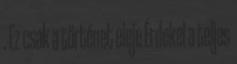
. Ez csak a történet eleje Érdekel a teljes